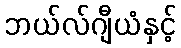
ဘယ်လ်ဂျီယံနှင့်